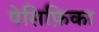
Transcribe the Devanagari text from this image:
पेसिफ़िका